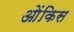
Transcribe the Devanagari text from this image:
ओंकिस